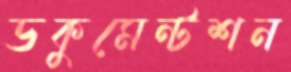
ডকুমেন্টশন